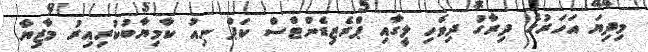
މިދިޔަ އަހަރުގެ ދިރާގު ދިވެހި ލީގާއި ޕްރެޒިޑެންޓްސް ކަޕް ނިއު ކާމިޔާބުކުރިއިރު މާޒިޔާ